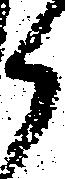
候